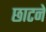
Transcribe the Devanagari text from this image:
छाटने